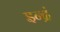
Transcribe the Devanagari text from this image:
इन्द्रं